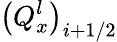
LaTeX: {{\left(Q_{x}^{l}\right)}_{i+1/2}}